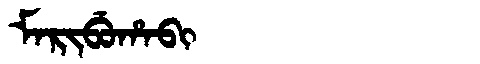
Manchu: ᠮᠠᡵᡳᠪᡠᡥᠠᠪᡳ
Romanization: MARIBUHABI